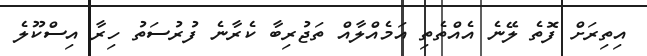
އިތިރަށް ފޮތެ ލޭނެ އެއްތެތި އަމެއްލާއް ތަޖުރިބާ ކެރާނެ ފުރުސަތު ހިރާ އިސްކޫލެ